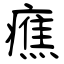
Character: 癄